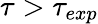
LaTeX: \tau>\tau_{exp}